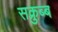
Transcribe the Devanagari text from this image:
सक्रुब्ब